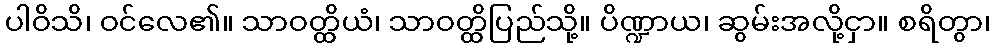
ပါဝိသိ၊ ဝင်လေ၏။ သာဝတ္ထိယံ၊ သာဝတ္ထိပြည်သို့။ ပိဏ္ဍာယ၊ ဆွမ်းအလို့ငှာ။ စရိတွာ၊